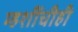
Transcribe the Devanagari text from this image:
म्हशींचीही